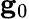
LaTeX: {\mathbf g}_{0}